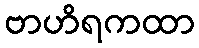
ဗာဟိရကထာ